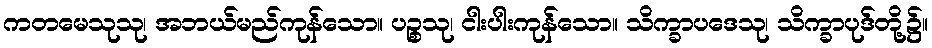
ကတမေသုသု၊ အဘယ်မည်ကုန်သော။ ပဉ္စသု၊ ငါးပါးကုန်သော။ သိက္ခာပဒေသု၊ သိက္ခာပုဒ်တို့၌။